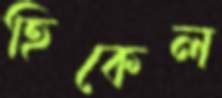
হিকেল